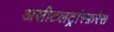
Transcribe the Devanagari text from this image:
असीटलट्रांस्फ़रेस